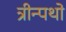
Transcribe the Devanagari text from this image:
त्रीन्पथो